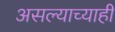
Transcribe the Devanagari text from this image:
असल्याच्याही